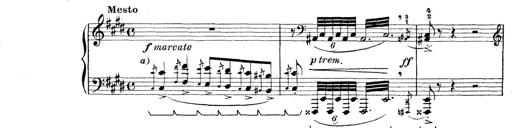
Title: Rapsodie: 19 ungheresi, 1 spagnuola
Composer: Franz Liszt